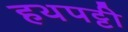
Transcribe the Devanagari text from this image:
हथपट्टी